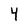
Character: 4